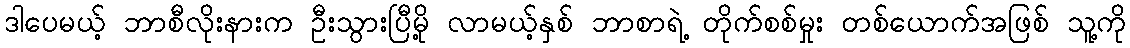
ဒါပေမယ့် ဘာစီလိုးနားက ဦးသွားပြီမို့ လာမယ့်နှစ် ဘာစာရဲ့ တိုက်စစ်မှုး တစ်ယောက်အဖြစ် သူ့ကို